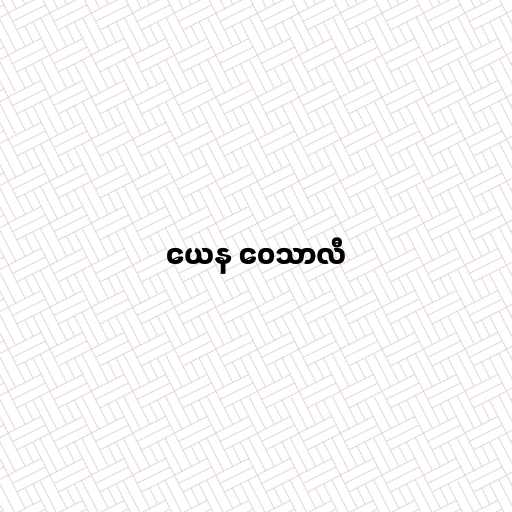
ယေန ဝေသာလီ